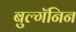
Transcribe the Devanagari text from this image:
बुल्गॅनिन